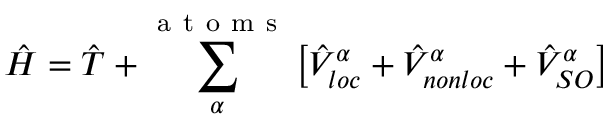
\hat { H } = \hat { T } + \sum _ { \alpha } ^ { \mathrm { ~ a ~ t ~ o ~ m ~ s ~ } } \left[ \hat { V } _ { l o c } ^ { \alpha } + \hat { V } _ { n o n l o c } ^ { \alpha } + \hat { V } _ { S O } ^ { \alpha } \right]